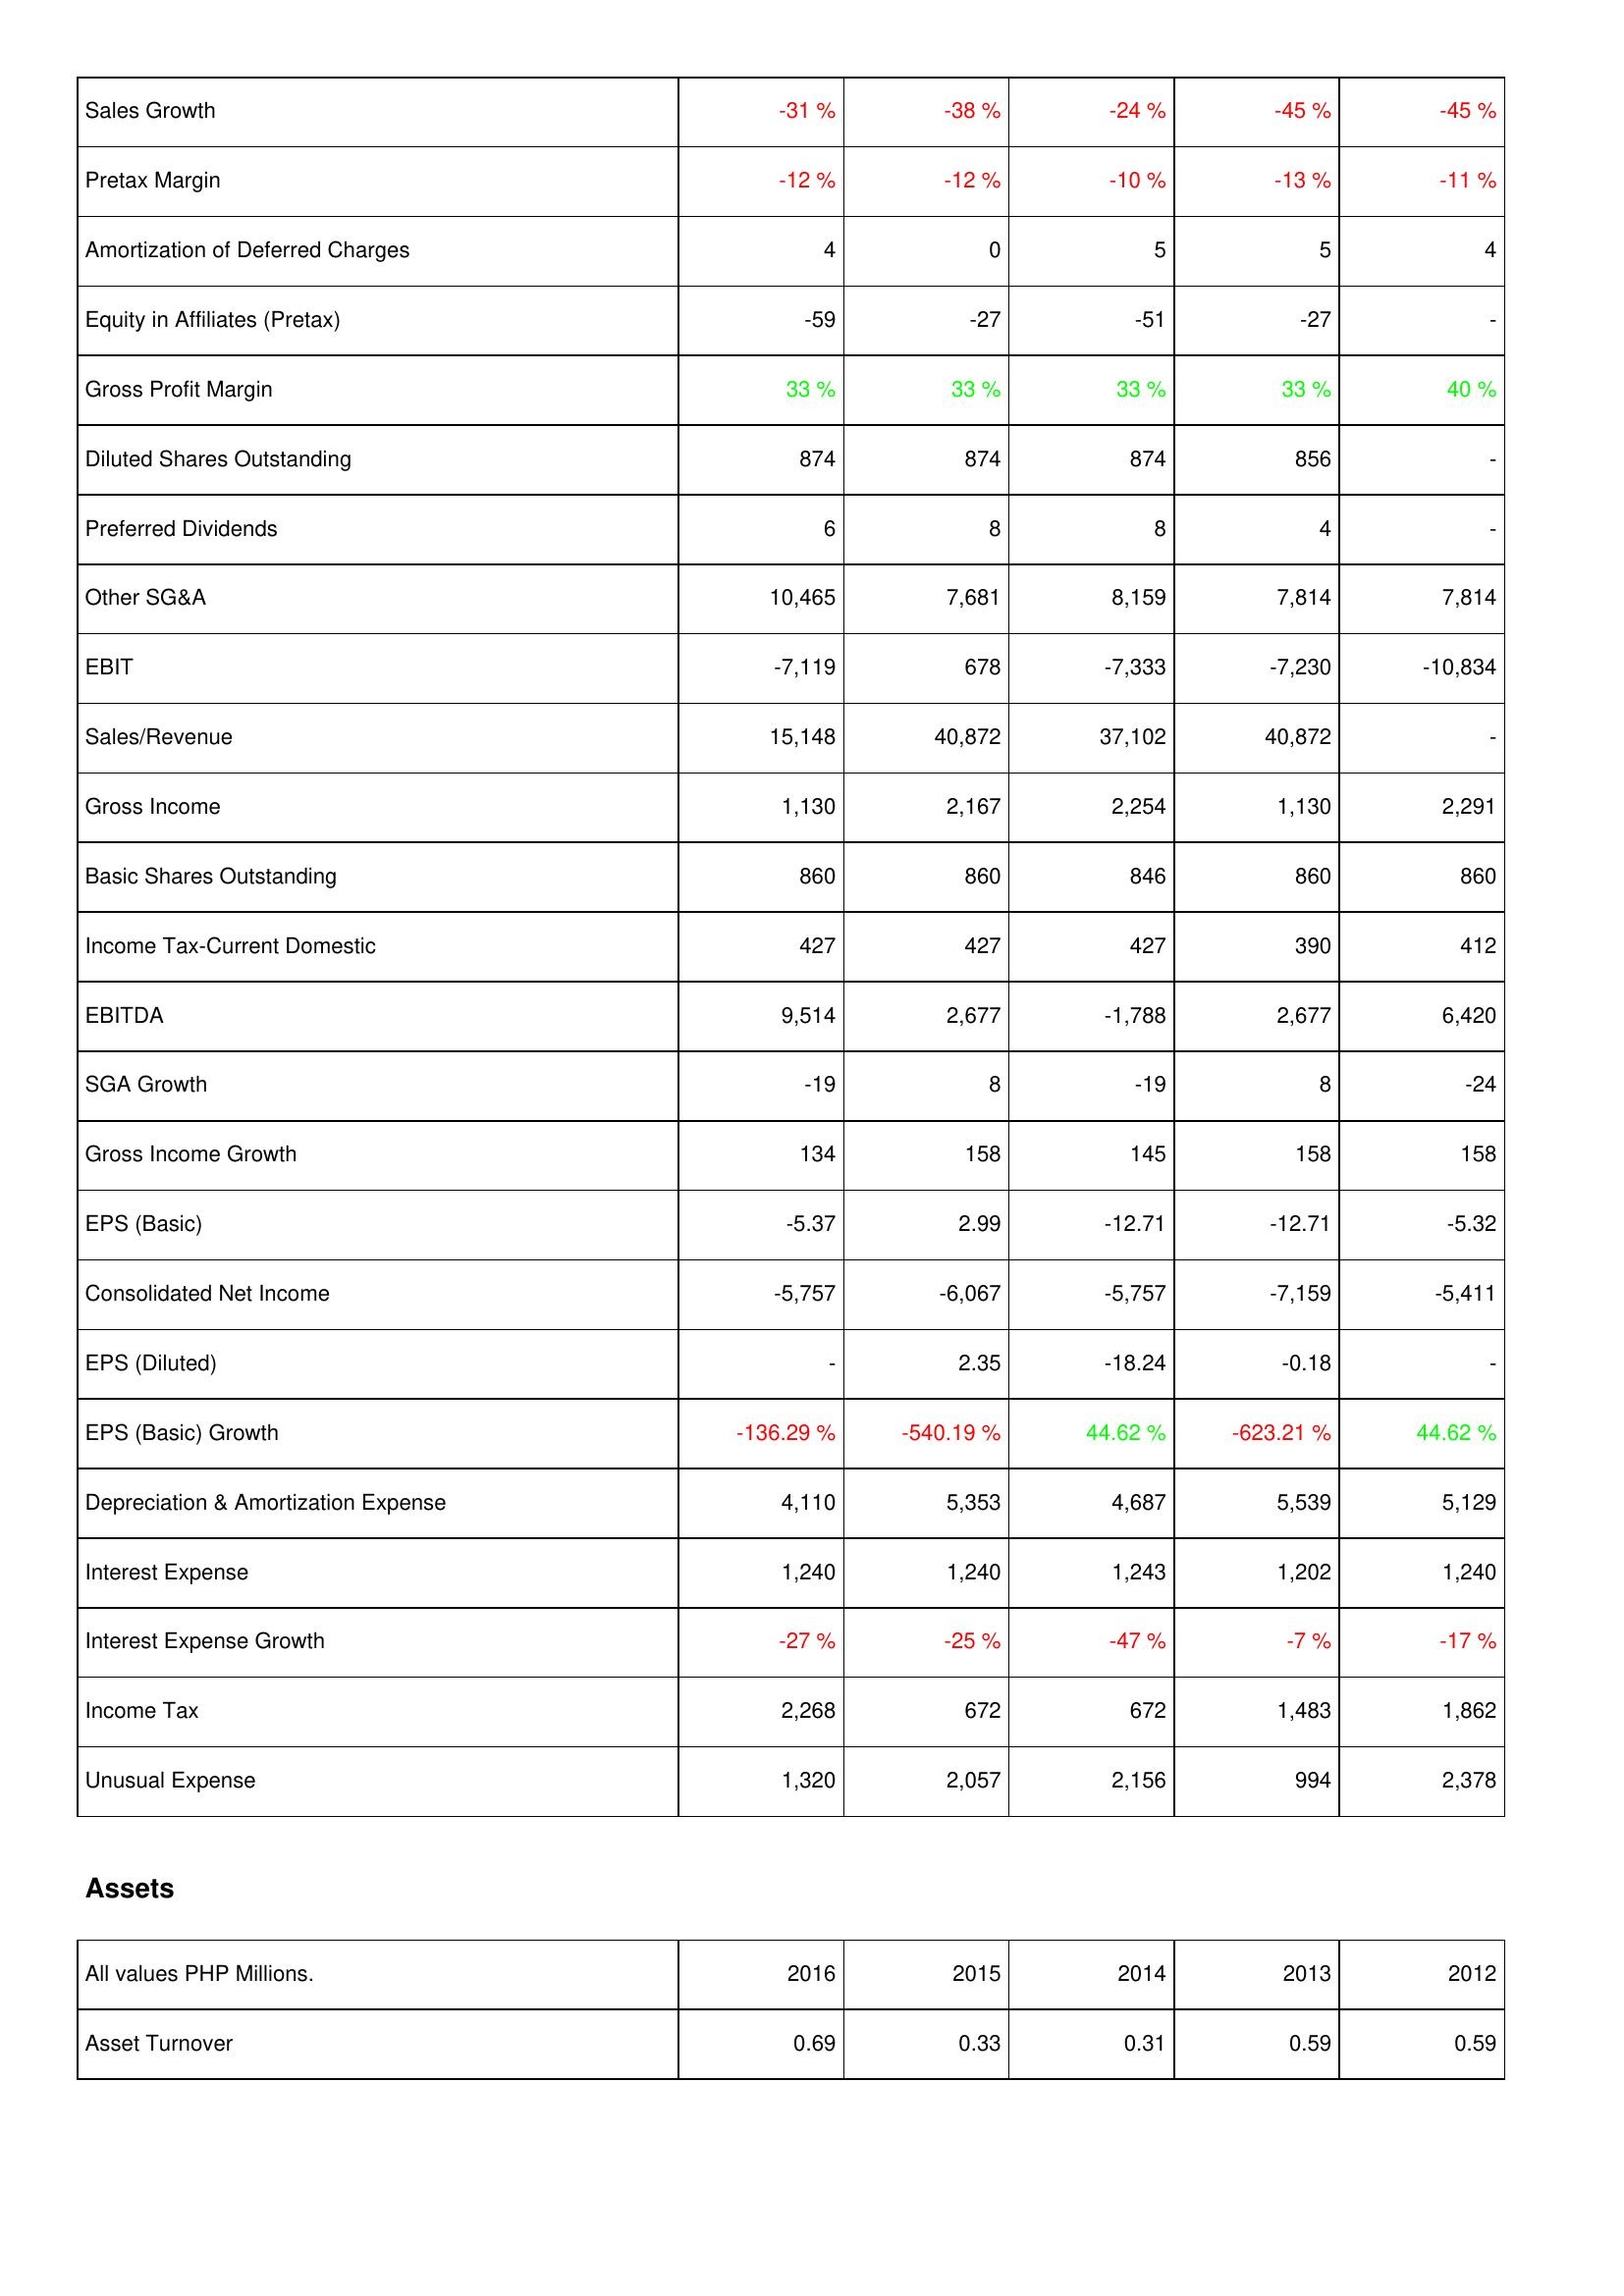
2016: Income Statement: Sales Growth: -31 %
Pretax Margin: -12 %
Amortization of Deferred Charges: 4
Equity in Affiliates (Pretax): -59
Gross Profit Margin: 33 %
Diluted Shares Outstanding: 874
Preferred Dividends: 6
Other SG&A: 10,465
EBIT: -7,119
Sales/Revenue: 15,148
Gross Income: 1,130
Basic Shares Outstanding: 860
Income Tax-Current Domestic: 427
EBITDA: 9,514
SGA Growth: -19
Gross Income Growth: 134
EPS (Basic): -5.37
Consolidated Net Income: -5,757
EPS (Diluted): -
EPS (Basic) Growth: -136.29 %
Depreciation & Amortization Expense: 4,110
Interest Expense: 1,240
Interest Expense Growth: -27 %
Income Tax: 2,268
Unusual Expense: 1,320
Assets: Asset Turnover: 0.69
2015: Income Statement: Sales Growth: -38 %
Pretax Margin: -12 %
Amortization of Deferred Charges: 0
Equity in Affiliates (Pretax): -27
Gross Profit Margin: 33 %
Diluted Shares Outstanding: 874
Preferred Dividends: 8
Other SG&A: 7,681
EBIT: 678
Sales/Revenue: 40,872
Gross Income: 2,167
Basic Shares Outstanding: 860
Income Tax-Current Domestic: 427
EBITDA: 2,677
SGA Growth: 8
Gross Income Growth: 158
EPS (Basic): 2.99
Consolidated Net Income: -6,067
EPS (Diluted): 2.35
EPS (Basic) Growth: -540.19 %
Depreciation & Amortization Expense: 5,353
Interest Expense: 1,240
Interest Expense Growth: -25 %
Income Tax: 672
Unusual Expense: 2,057
Assets: Asset Turnover: 0.33
2014: Income Statement: Sales Growth: -24 %
Pretax Margin: -10 %
Amortization of Deferred Charges: 5
Equity in Affiliates (Pretax): -51
Gross Profit Margin: 33 %
Diluted Shares Outstanding: 874
Preferred Dividends: 8
Other SG&A: 8,159
EBIT: -7,333
Sales/Revenue: 37,102
Gross Income: 2,254
Basic Shares Outstanding: 846
Income Tax-Current Domestic: 427
EBITDA: -1,788
SGA Growth: -19
Gross Income Growth: 145
EPS (Basic): -12.71
Consolidated Net Income: -5,757
EPS (Diluted): -18.24
EPS (Basic) Growth: 44.62 %
Depreciation & Amortization Expense: 4,687
Interest Expense: 1,243
Interest Expense Growth: -47 %
Income Tax: 672
Unusual Expense: 2,156
Assets: Asset Turnover: 0.31
2013: Income Statement: Sales Growth: -45 %
Pretax Margin: -13 %
Amortization of Deferred Charges: 5
Equity in Affiliates (Pretax): -27
Gross Profit Margin: 33 %
Diluted Shares Outstanding: 856
Preferred Dividends: 4
Other SG&A: 7,814
EBIT: -7,230
Sales/Revenue: 40,872
Gross Income: 1,130
Basic Shares Outstanding: 860
Income Tax-Current Domestic: 390
EBITDA: 2,677
SGA Growth: 8
Gross Income Growth: 158
EPS (Basic): -12.71
Consolidated Net Income: -7,159
EPS (Diluted): -0.18
EPS (Basic) Growth: -623.21 %
Depreciation & Amortization Expense: 5,539
Interest Expense: 1,202
Interest Expense Growth: -7 %
Income Tax: 1,483
Unusual Expense: 994
Assets: Asset Turnover: 0.59
2012: Income Statement: Sales Growth: -45 %
Pretax Margin: -11 %
Amortization of Deferred Charges: 4
Equity in Affiliates (Pretax): -
Gross Profit Margin: 40 %
Diluted Shares Outstanding: -
Preferred Dividends: -
Other SG&A: 7,814
EBIT: -10,834
Sales/Revenue: -
Gross Income: 2,291
Basic Shares Outstanding: 860
Income Tax-Current Domestic: 412
EBITDA: 6,420
SGA Growth: -24
Gross Income Growth: 158
EPS (Basic): -5.32
Consolidated Net Income: -5,411
EPS (Diluted): -
EPS (Basic) Growth: 44.62 %
Depreciation & Amortization Expense: 5,129
Interest Expense: 1,240
Interest Expense Growth: -17 %
Income Tax: 1,862
Unusual Expense: 2,378
Assets: Asset Turnover: 0.59